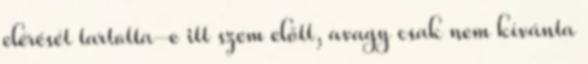
elérését tartotta-e itt szem előtt, avagy csak nem kívánta